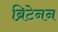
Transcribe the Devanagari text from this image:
ब्रिटेनन